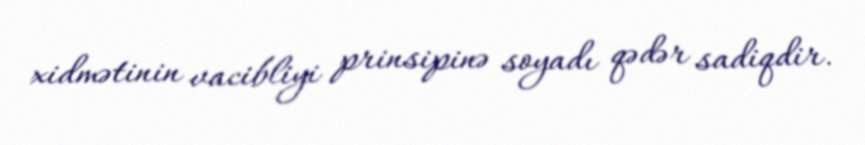
xidmətinin vacibliyi prinsipinə soyadı qədər sadiqdir.